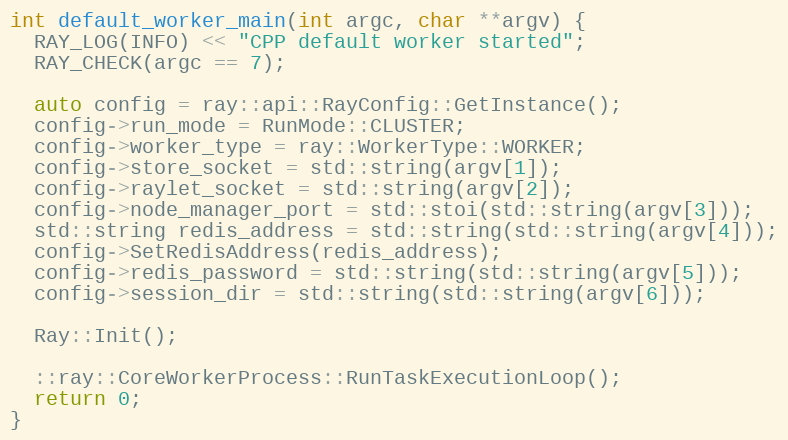
Language: C++
int default_worker_main(int argc, char **argv) {
  RAY_LOG(INFO) << "CPP default worker started";
  RAY_CHECK(argc == 7);

  auto config = ray::api::RayConfig::GetInstance();
  config->run_mode = RunMode::CLUSTER;
  config->worker_type = ray::WorkerType::WORKER;
  config->store_socket = std::string(argv[1]);
  config->raylet_socket = std::string(argv[2]);
  config->node_manager_port = std::stoi(std::string(argv[3]));
  std::string redis_address = std::string(std::string(argv[4]));
  config->SetRedisAddress(redis_address);
  config->redis_password = std::string(std::string(argv[5]));
  config->session_dir = std::string(std::string(argv[6]));

  Ray::Init();

  ::ray::CoreWorkerProcess::RunTaskExecutionLoop();
  return 0;
}